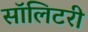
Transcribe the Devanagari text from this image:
सॉलिटरी